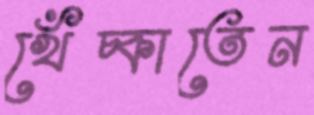
খেঁচ্‌কাতেন